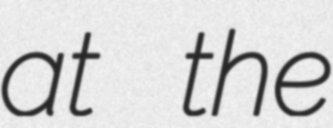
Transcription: at the